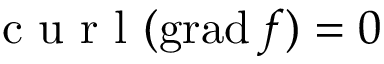
\normalfont { \textrm { c u r l } } ( \mathrm { g r a d } \, f ) = 0